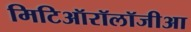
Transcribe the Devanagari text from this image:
मिटिऑरॉलॉजीआ